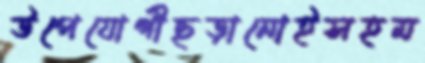
উপেযোগীছড়ানোইসহম